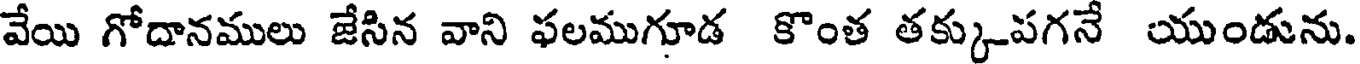
వేయి గోదానములు జేసిన వాని ఫలముగూడ కొంత తక్కుపగనే యుండును.